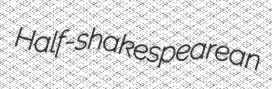
Half-shakespearean